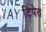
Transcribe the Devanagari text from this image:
टिपेत